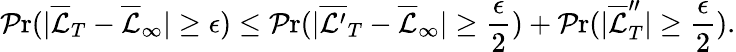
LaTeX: \operatorname*{\mathcal{P}r}(|\overline{{{\mathcal{{L}}}}}_{T}-\overline{{{\mathcal{{L}}}}}_{\infty}|\geq\epsilon)\leq\operatorname*{\mathcal{P}r}(|\overline{{{\mathcal{{L}}^{\prime}}}}_{T}-\overline{{{\mathcal{{L}}}}}_{\infty}|\geq\frac{{\epsilon}}{{2}})+\operatorname*{\mathcal{P}r}(|\overline{{{\mathcal{{L}}}}}_{T}^{\prime\prime}|\geq\frac{{\epsilon}}{{2}}).